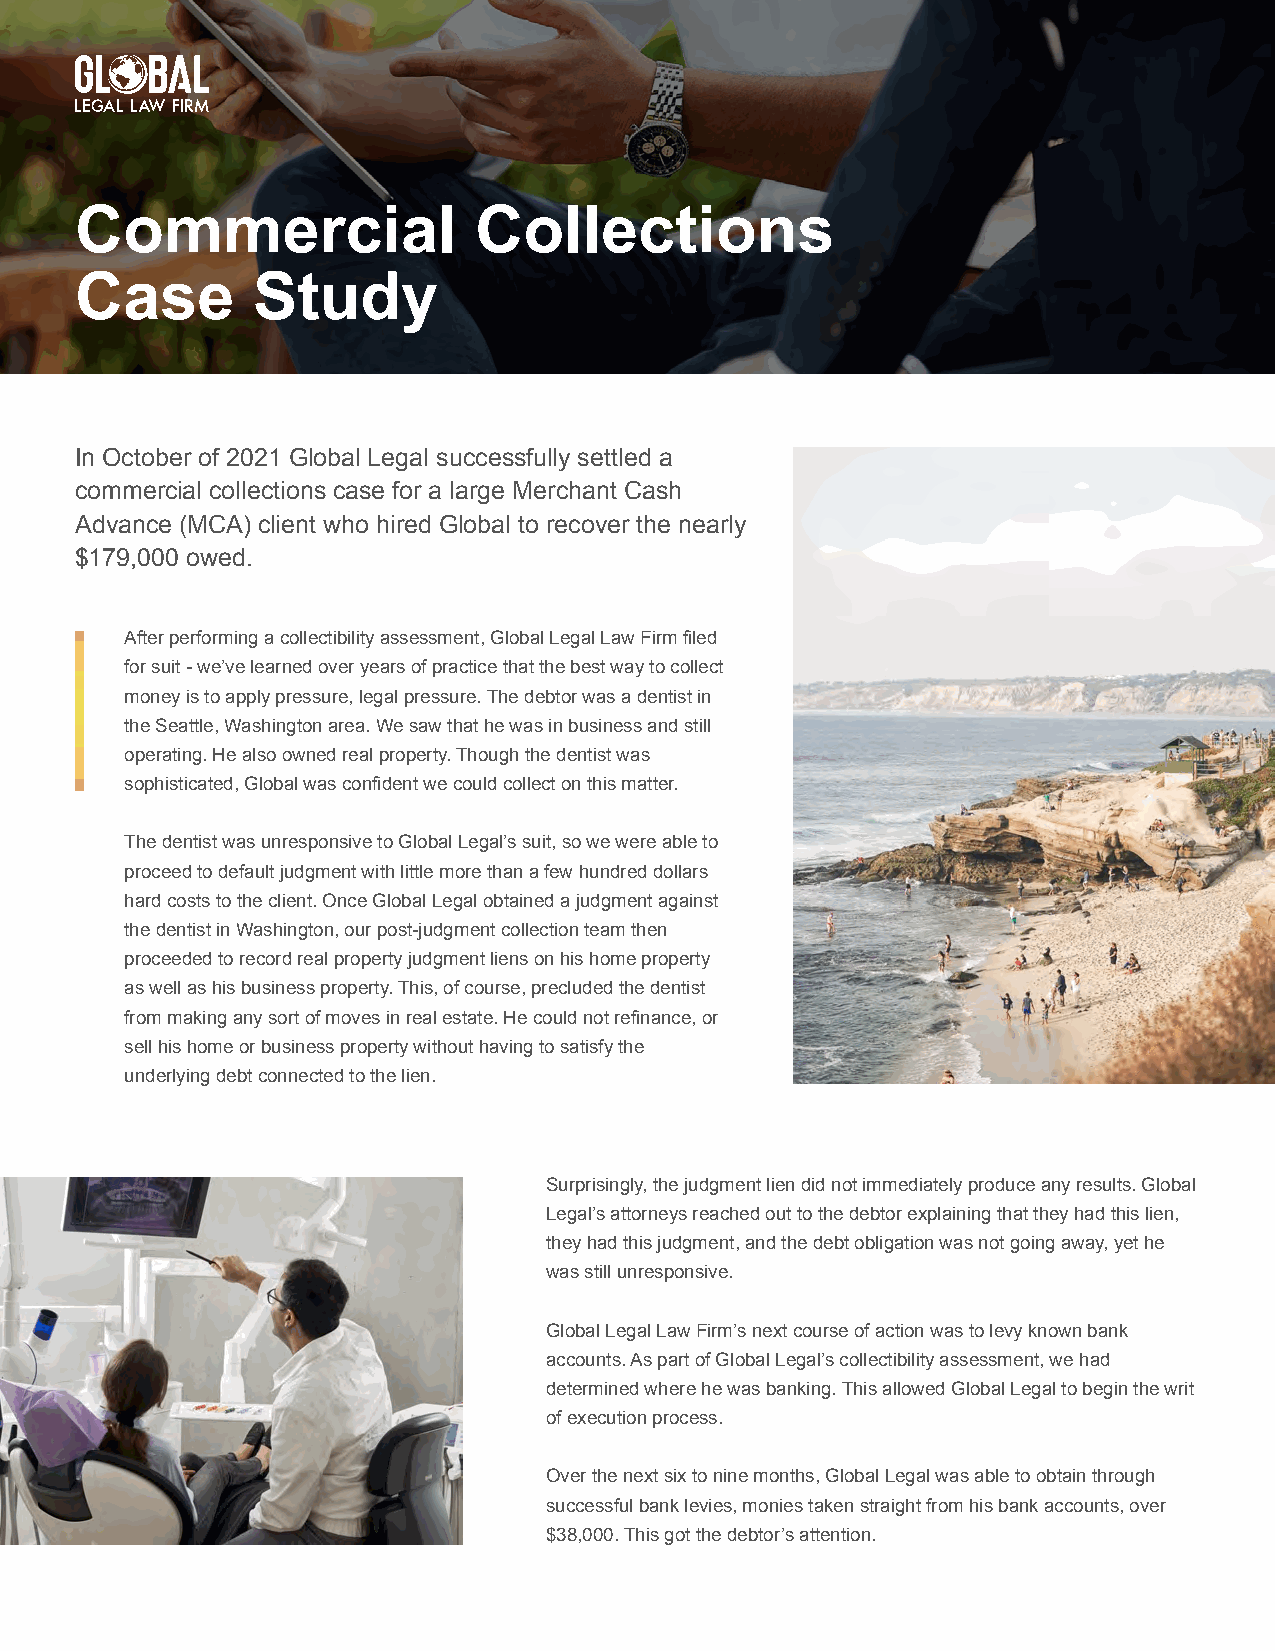
Commercial                Collections
 Case        Study
 In October of 2021 Global Legal successfully settled a
 commercial collections case for a large Merchant Cash
 Advance (MCA) client who hired Global to recover the nearly
 $179,000 owed.
 After performing a collectibility assessment, Global Legal Law Firm filed
 for suit - we’ve learned over years of practice that the best way to collect
 money is to apply pressure, legal pressure. The debtor was a dentist in
 the Seattle, Washington area. We saw that he was in business and still
 operating. He also owned real property. Though the dentist was
 sophisticated, Global was confident we could collect on this matter.
 The dentist was unresponsive to Global Legal’s suit, so we were able to
 proceed to default judgment with little more than a few hundred dollars
 hard costs to the client. Once Global Legal obtained a judgment against
 the dentist in Washington, our post-judgment collection team then
 proceeded to record real property judgment liens on his home property
 as well as his business property. This, of course, precluded the dentist
 from making any sort of moves in real estate. He could not refinance, or
 sell his home or business property without having to satisfy the
 underlying debt connected to the lien.
 Surprisingly, the judgment lien did not immediately produce any results. Global
 Legal’s attorneys reached out to the debtor explaining that they had this lien,
 they had this judgment, and the debt obligation was not going away, yet he
 was still unresponsive.
 Global Legal Law Firm’s next course of action was to levy known bank
 accounts. As part of Global Legal’s collectibility assessment, we had
 determined where he was banking. This allowed Global Legal to begin the writ
 of execution process.
 Over the next six to nine months, Global Legal was able to obtain through
 successful bank levies, monies taken straight from his bank accounts, over
 $38,000. This got the debtor’s attention.